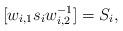
LaTeX: \begin{align*}[w_{i,1} s_i w^{-1}_{i,2}]=S_i,\end{align*}